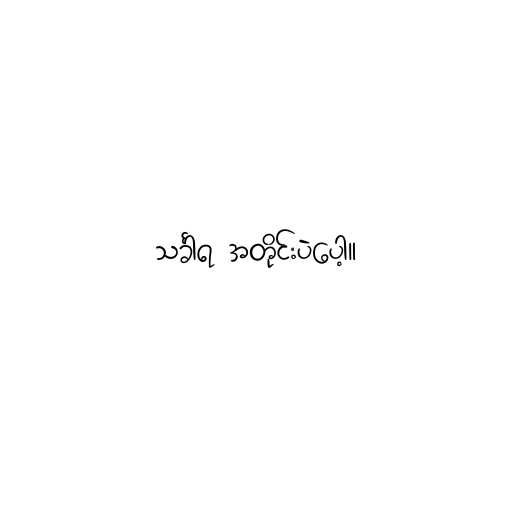
သင်္ခါရ အတိုင်းပဲပေါ့။